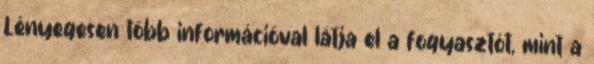
Lényegesen több információval látja el a fogyasztót, mint a